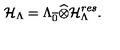
{ \cal H } _ { \Lambda } = \Lambda _ { \overline { { 0 } } } \widehat { \otimes } { \cal H } _ { \Lambda } ^ { r e s } .